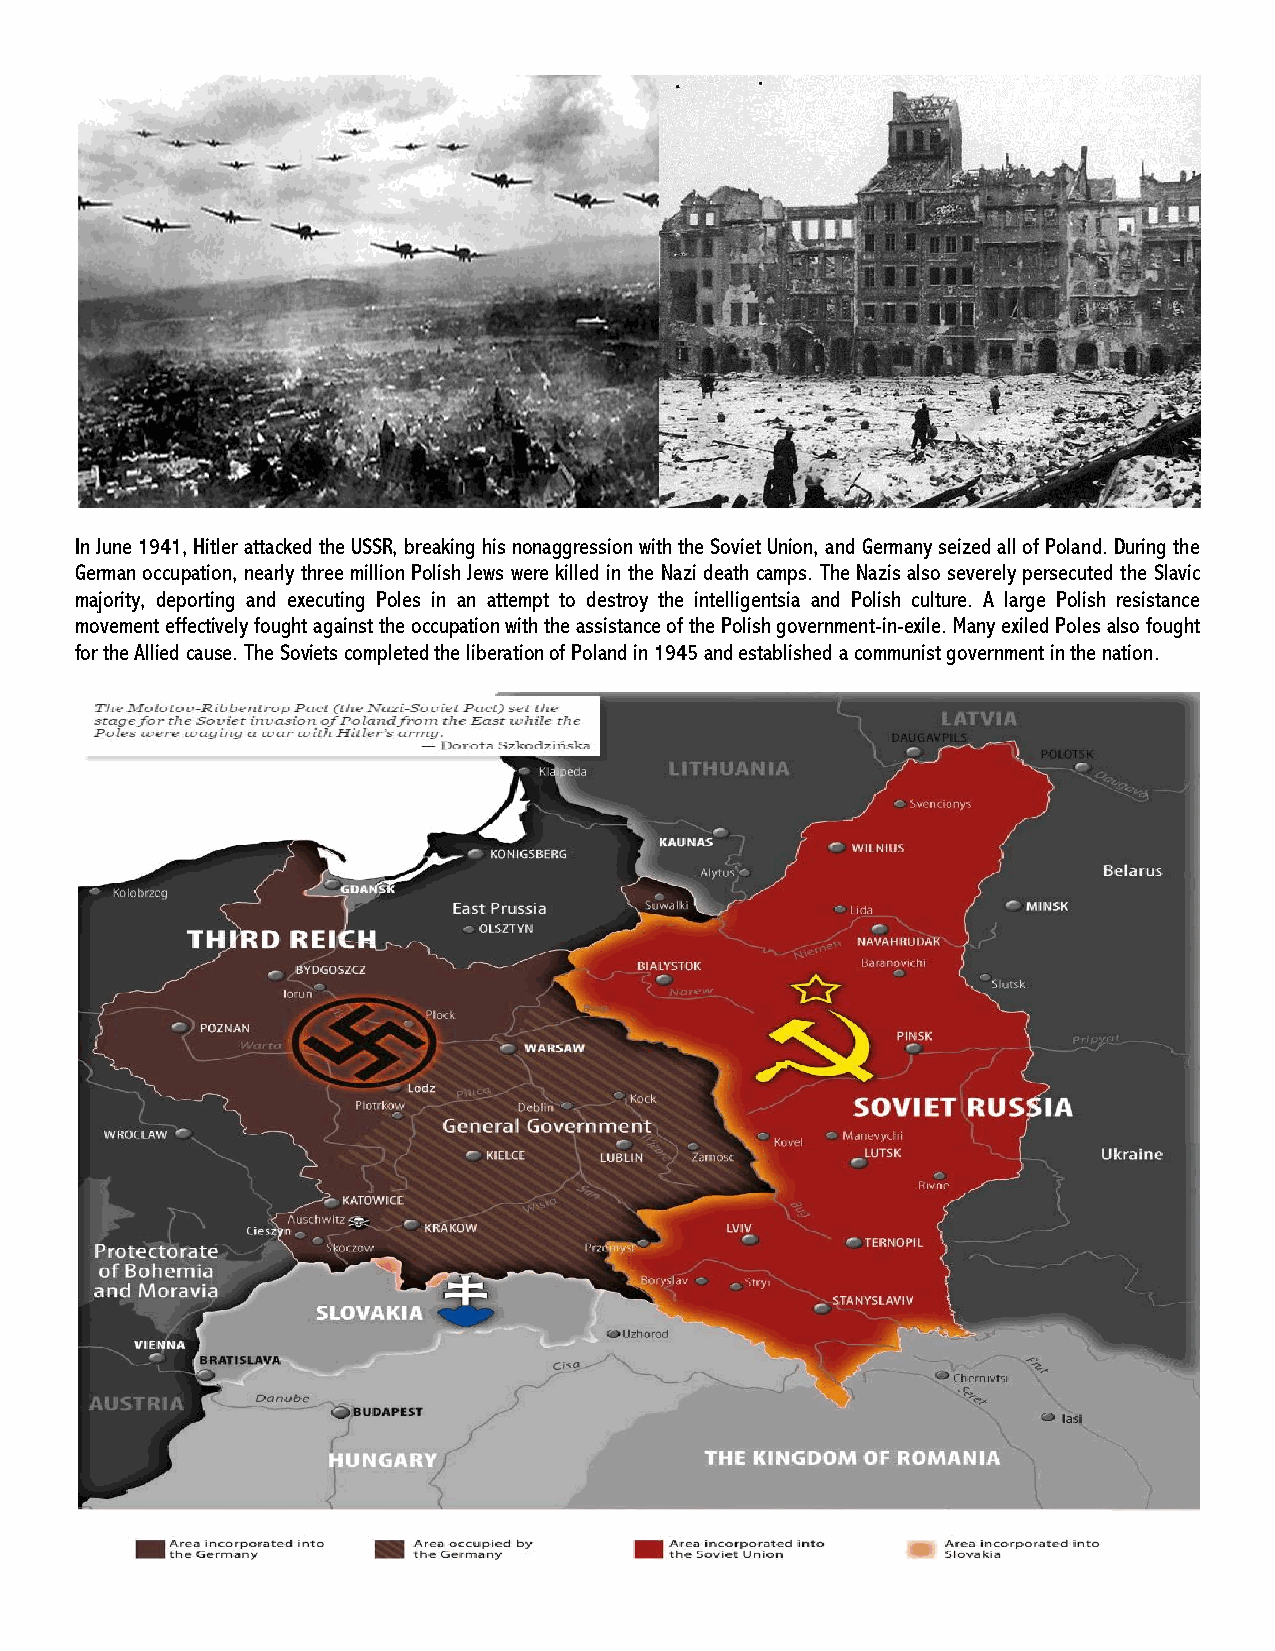
In June 1941, Hitler attacked the USSR, breaking his nonaggression with the Soviet Union, and Germany seized all of Poland. During the
 German occupation, nearly three million Polish Jews were killed in the Nazi death camps. The Nazis also severely persecuted the Slavic
 majority, deporting and executing Poles in an attempt to destroy the intelligentsia and Polish culture. A large Polish resistance
 movement effectively fought against the occupation with the assistance of the Polish government-in-exile. Many exiled Poles also fought
 for the Allied cause. The Soviets completed the liberation of Poland in 1945 and established a communist government in the nation.